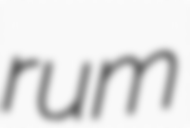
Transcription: rum